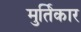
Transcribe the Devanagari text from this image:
मुर्तिकार